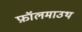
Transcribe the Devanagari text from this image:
फ़ॉलमाउथ